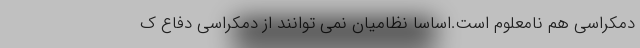
دمکراسی هم نامعلوم است.اساسا نظامیان نمی توانند از دمکراسی دفاع ک